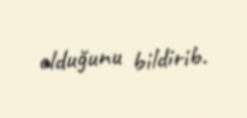
olduğunu bildirib.